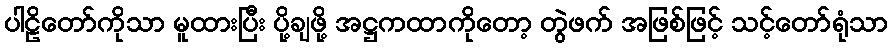
ပါဠိတော်ကိုသာ မူထားပြီး ပို့ချဖို့ အဋ္ဌကထာကိုတော့ တွဲဖက် အဖြစ်ဖြင့် သင့်တော်ရုံသာ